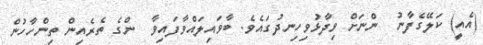
(އެއީ) ކަލޭގެފާނު  ންނަށް ވިދާޅުވިހިނދުގައެވެ. ބާވައިލައްވާފައިވާ  ންގެ ތެރެއިން ތިންހާހުން